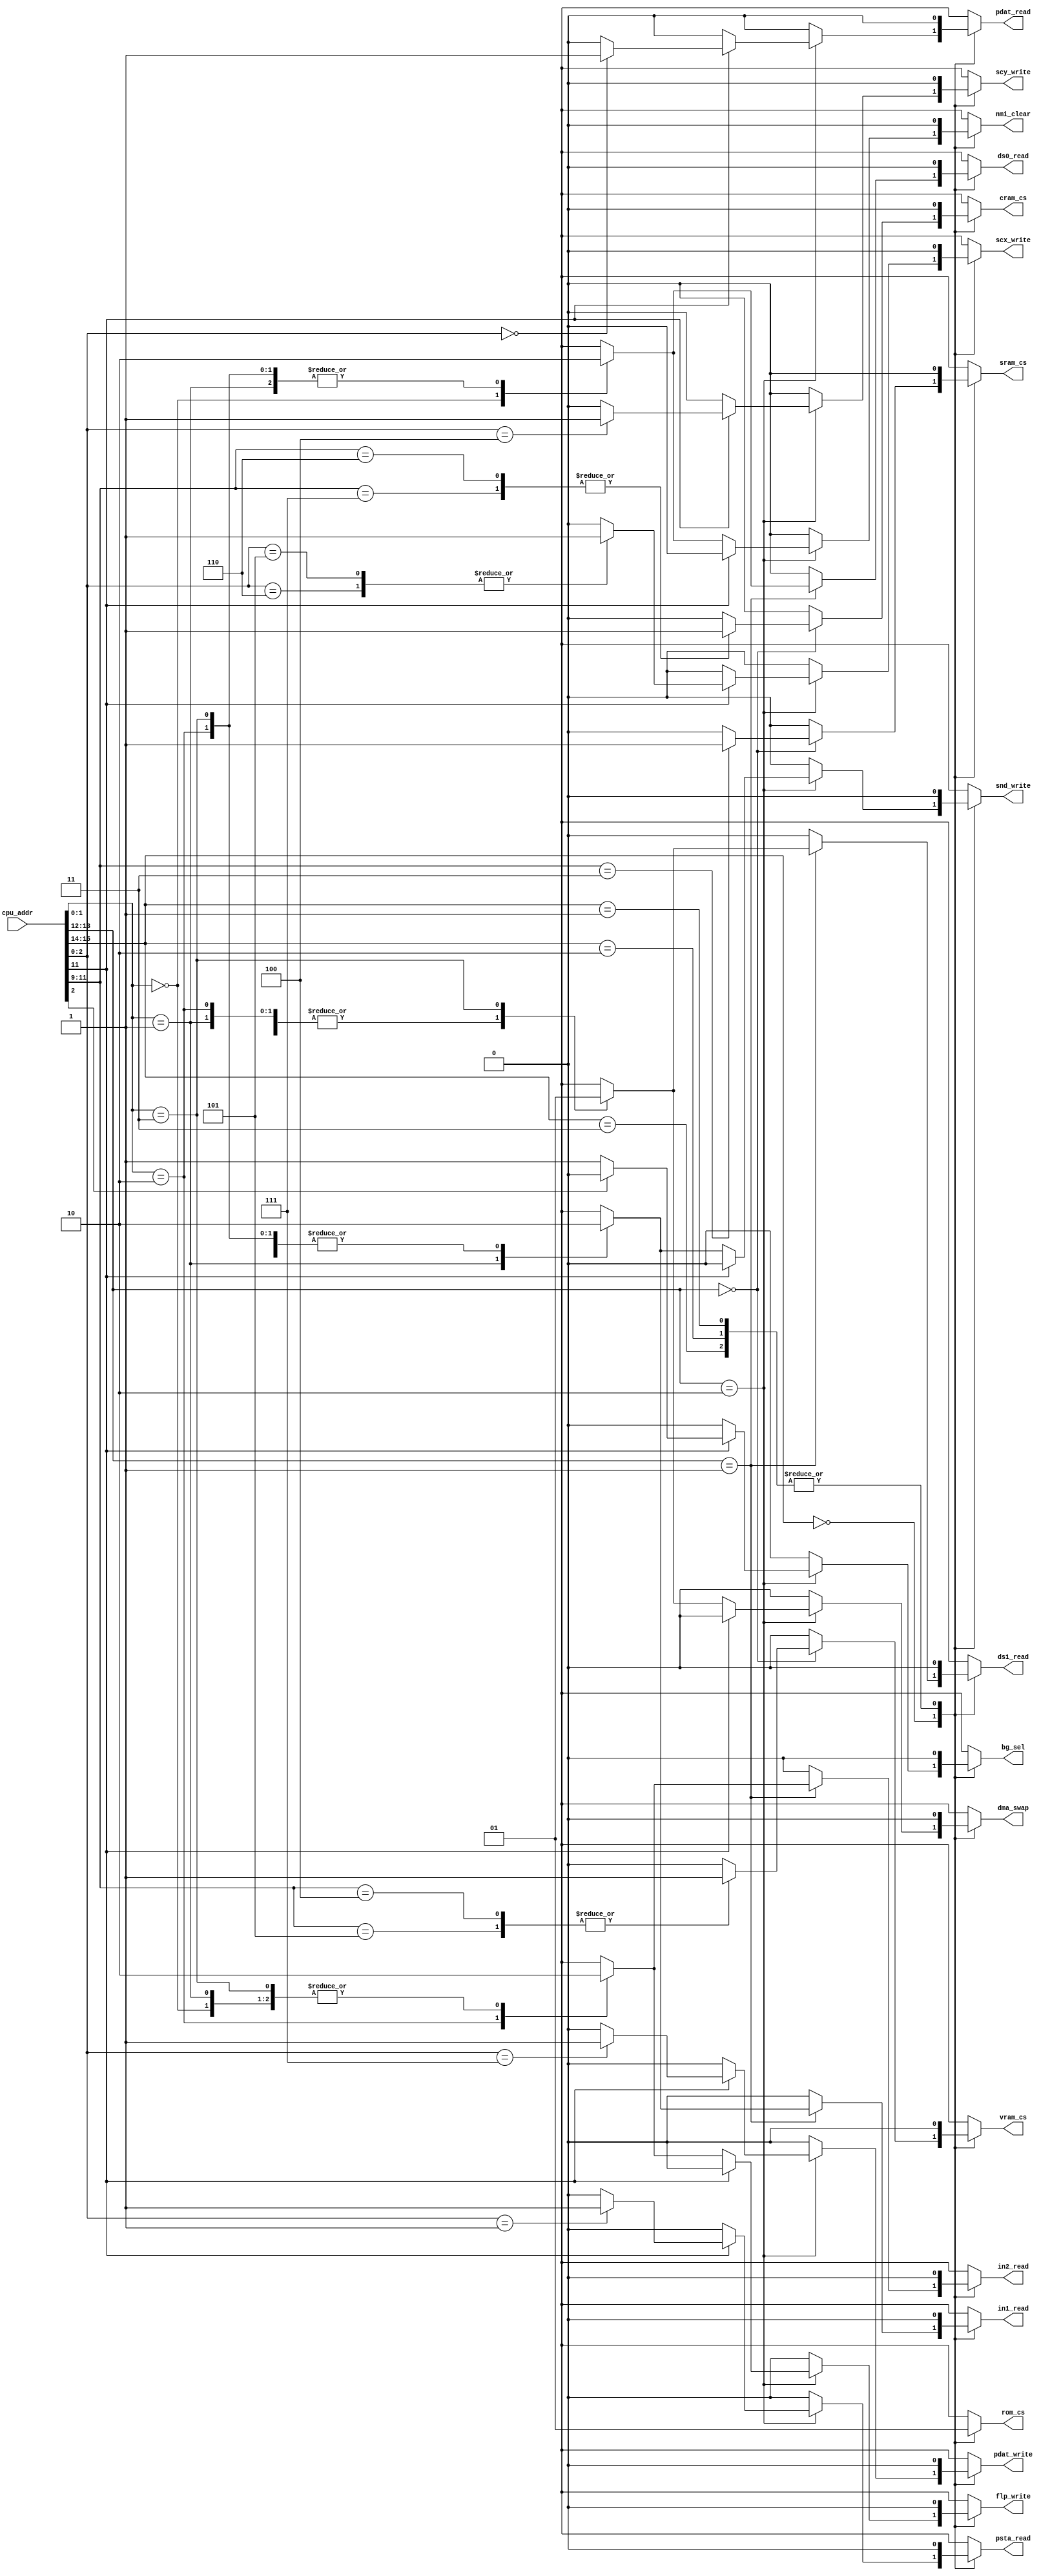

module er_decode(
  input [15:0] cpu_addr,
  output reg sram_cs,
  output reg vram_cs,
  output reg cram_cs,
  output reg rom_cs,
  output reg ds0_read,
  output reg ds1_read,
  output reg in1_read,
  output reg in2_read,
  output reg nmi_clear,
  output reg snd_write,
  output reg flp_write,
  output reg dma_swap,
  output reg bg_sel,
  output reg pdat_read,
  output reg psta_read,
  output reg pdat_write,
  output reg scx_write,
  output reg scy_write
);

always @* begin

  sram_cs    = 0;
  vram_cs    = 0;
  cram_cs    = 0;
  rom_cs     = 0;
  ds0_read   = 0;
  ds1_read   = 0;
  in1_read   = 0;
  in2_read   = 0;
  nmi_clear  = 0;
  snd_write  = 0;
  flp_write  = 0;
  dma_swap   = 0;
  bg_sel     = 0;
  pdat_read  = 0;
  psta_read  = 0;
  pdat_write = 0;
  scx_write  = 0;
  scy_write  = 0;

  case (cpu_addr[15:14])
    0: begin
      case (cpu_addr[13:12])
        0: begin
          case (cpu_addr[11:9])
            3: sram_cs = 1;
            4, 5: vram_cs = 1;
            6, 7: cram_cs = 1;
          endcase
        end
        1: begin
          case (cpu_addr[1:0])
            0: ds0_read = 1;
            1: in1_read = 1;
            2: in2_read = 1;
            3: ds1_read = 1;
          endcase
        end
        2: begin
          if (~cpu_addr[11]) begin
            case (cpu_addr[1:0])
              0: nmi_clear = 1;
              1: snd_write = 1;
              2: flp_write = 1;
              3: dma_swap  = 1;
            endcase
          end
          else begin
            if (~cpu_addr[2]) bg_sel = 1;
            case (cpu_addr[2:0])
              0: pdat_read = 1;
              1: psta_read = 1;
              4: scy_write = 1;
              5, 6: scx_write = 1;
              7: pdat_write = 1;
            endcase
          end
        end
      endcase
    end
    1, 2, 3: rom_cs = 1;
  endcase

end

endmodule